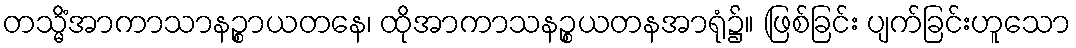
တသ္မိံအာကာသာနဉ္စာယတနေ၊ ထိုအာကာသနဉ္စယတနအာရုံ၌။ (ဖြစ်ခြင်း ပျက်ခြင်းဟူသော